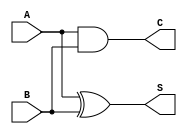
`timescale 1ns/1ns

module half_adder (A,B,S,C);
    input A;
    input B;
    output S;
    output C;
    
    assign S = A^B;
    assign C = A & B;
    
endmodule

module full_adder (
    input A,B,Cin,
    output S,Cout
    
);
wire C0,S0,C1;
half_adder H1(A,B,S0,C0);
half_adder H2(Cin,S0,S,C1);
assign Cout = C0|C1;

    
endmodule


module fourbitadder (
    input[3:0] addent,augend,
    input cin,
    output[3:0] s,
    output cout
);
    wire[2:0] cintermed;
    full_adder F1(.A(addent[0]),.B(augend[0]),.Cin(cin),.S(s[0]),.Cout(cintermed[0]));
    full_adder F2(.A(addent[1]),.B(augend[1]),.Cin(cintermed[0]),.S(s[1]),.Cout(cintermed[1]));
    full_adder F3(.A(addent[2]),.B(augend[2]),.Cin(cintermed[1]),.S(s[2]),.Cout(cintermed[2]));
    full_adder F4(.A(addent[3]),.B(augend[3]),.Cin(cintermed[2]),.S(s[3]),.Cout(cout));
endmodule

module byteadder (
    input[7:0] addent,augend,
    input cin,
    output[7:0] s,
    output cout
);
    wire c0;
    fourbitadder X1(.addent(addent[3:0]),.augend(augend[3:0]),.cin(cin),.s(s[3:0]),.cout(c0));
    fourbitadder X2(.addent(addent[7:4]),.augend(augend[7:4]),.cin(c0),.s(s[7:4]),.cout(cout));   
endmodule

module bytemultipler (
    input[7:0] multiplier,multiplicand,
    output[15:0] product
);
    
    wire[7:0] adderout[0:6],addent[0:6],augend[0:6];
    wire[7:0] cout;
    assign addent[0] = multiplicand & {8{multiplier[0]}};
    assign product[0] = addent[0][0];
    assign augend[0] = multiplicand & {8{multiplier[1]}};
    byteadder B1(.addent({1'b0,addent[0][7:1]}),.augend(augend[0]),.cin(1'b0),.s(adderout[0]),.cout(cout[0]));  
    assign product[1] = adderout[0][0];

    assign addent[1] = {cout[0],adderout[0][7:1]};
    assign augend[1] = multiplicand & {8{multiplier[2]}};
    byteadder B2(.addent(addent[1]),.augend(augend[1]),.cin(1'b0),.s(adderout[1]),.cout(cout[1]));
    assign product[2] = adderout[1][0];
    
    assign addent[2] = {cout[1],adderout[1][7:1]};
    assign augend[2] = multiplicand & {8{multiplier[3]}};
    byteadder B3(.addent(addent[2]),.augend(augend[2]),.cin(1'b0),.s(adderout[2]),.cout(cout[2]));
    assign product[3] = adderout[2][0];

    assign addent[3] = {cout[2],adderout[2][7:1]};
    assign augend[3] = multiplicand & {8{multiplier[4]}};
    byteadder B4(.addent(addent[3]),.augend(augend[3]),.cin(1'b0),.s(adderout[3]),.cout(cout[3]));
    assign product[4] = adderout[3][0];

    assign addent[4] = {cout[3],adderout[3][7:1]};
    assign augend[4] = multiplicand & {8{multiplier[5]}};
    byteadder B5(.addent(addent[4]),.augend(augend[4]),.cin(1'b0),.s(adderout[4]),.cout(cout[4]));
    assign product[5] = adderout[4][0];

    assign addent[5] = {cout[4],adderout[4][7:1]};
    assign augend[5] = multiplicand & {8{multiplier[6]}};
    byteadder B6(.addent(addent[5]),.augend(augend[5]),.cin(1'b0),.s(adderout[5]),.cout(cout[5]));
    assign product[6] = adderout[5][0];

    assign addent[6] = {cout[5],adderout[5][7:1]};
    assign augend[6] = multiplicand & {8{multiplier[7]}};
    byteadder B7(.addent(addent[6]),.augend(augend[6]),.cin(1'b0),.s(adderout[6]),.cout(cout[6]));
    assign product[14:7]=adderout[6];
    assign product[15]=cout[6];

endmodule